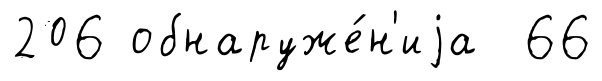
206 обнаруже́н'иjа 66